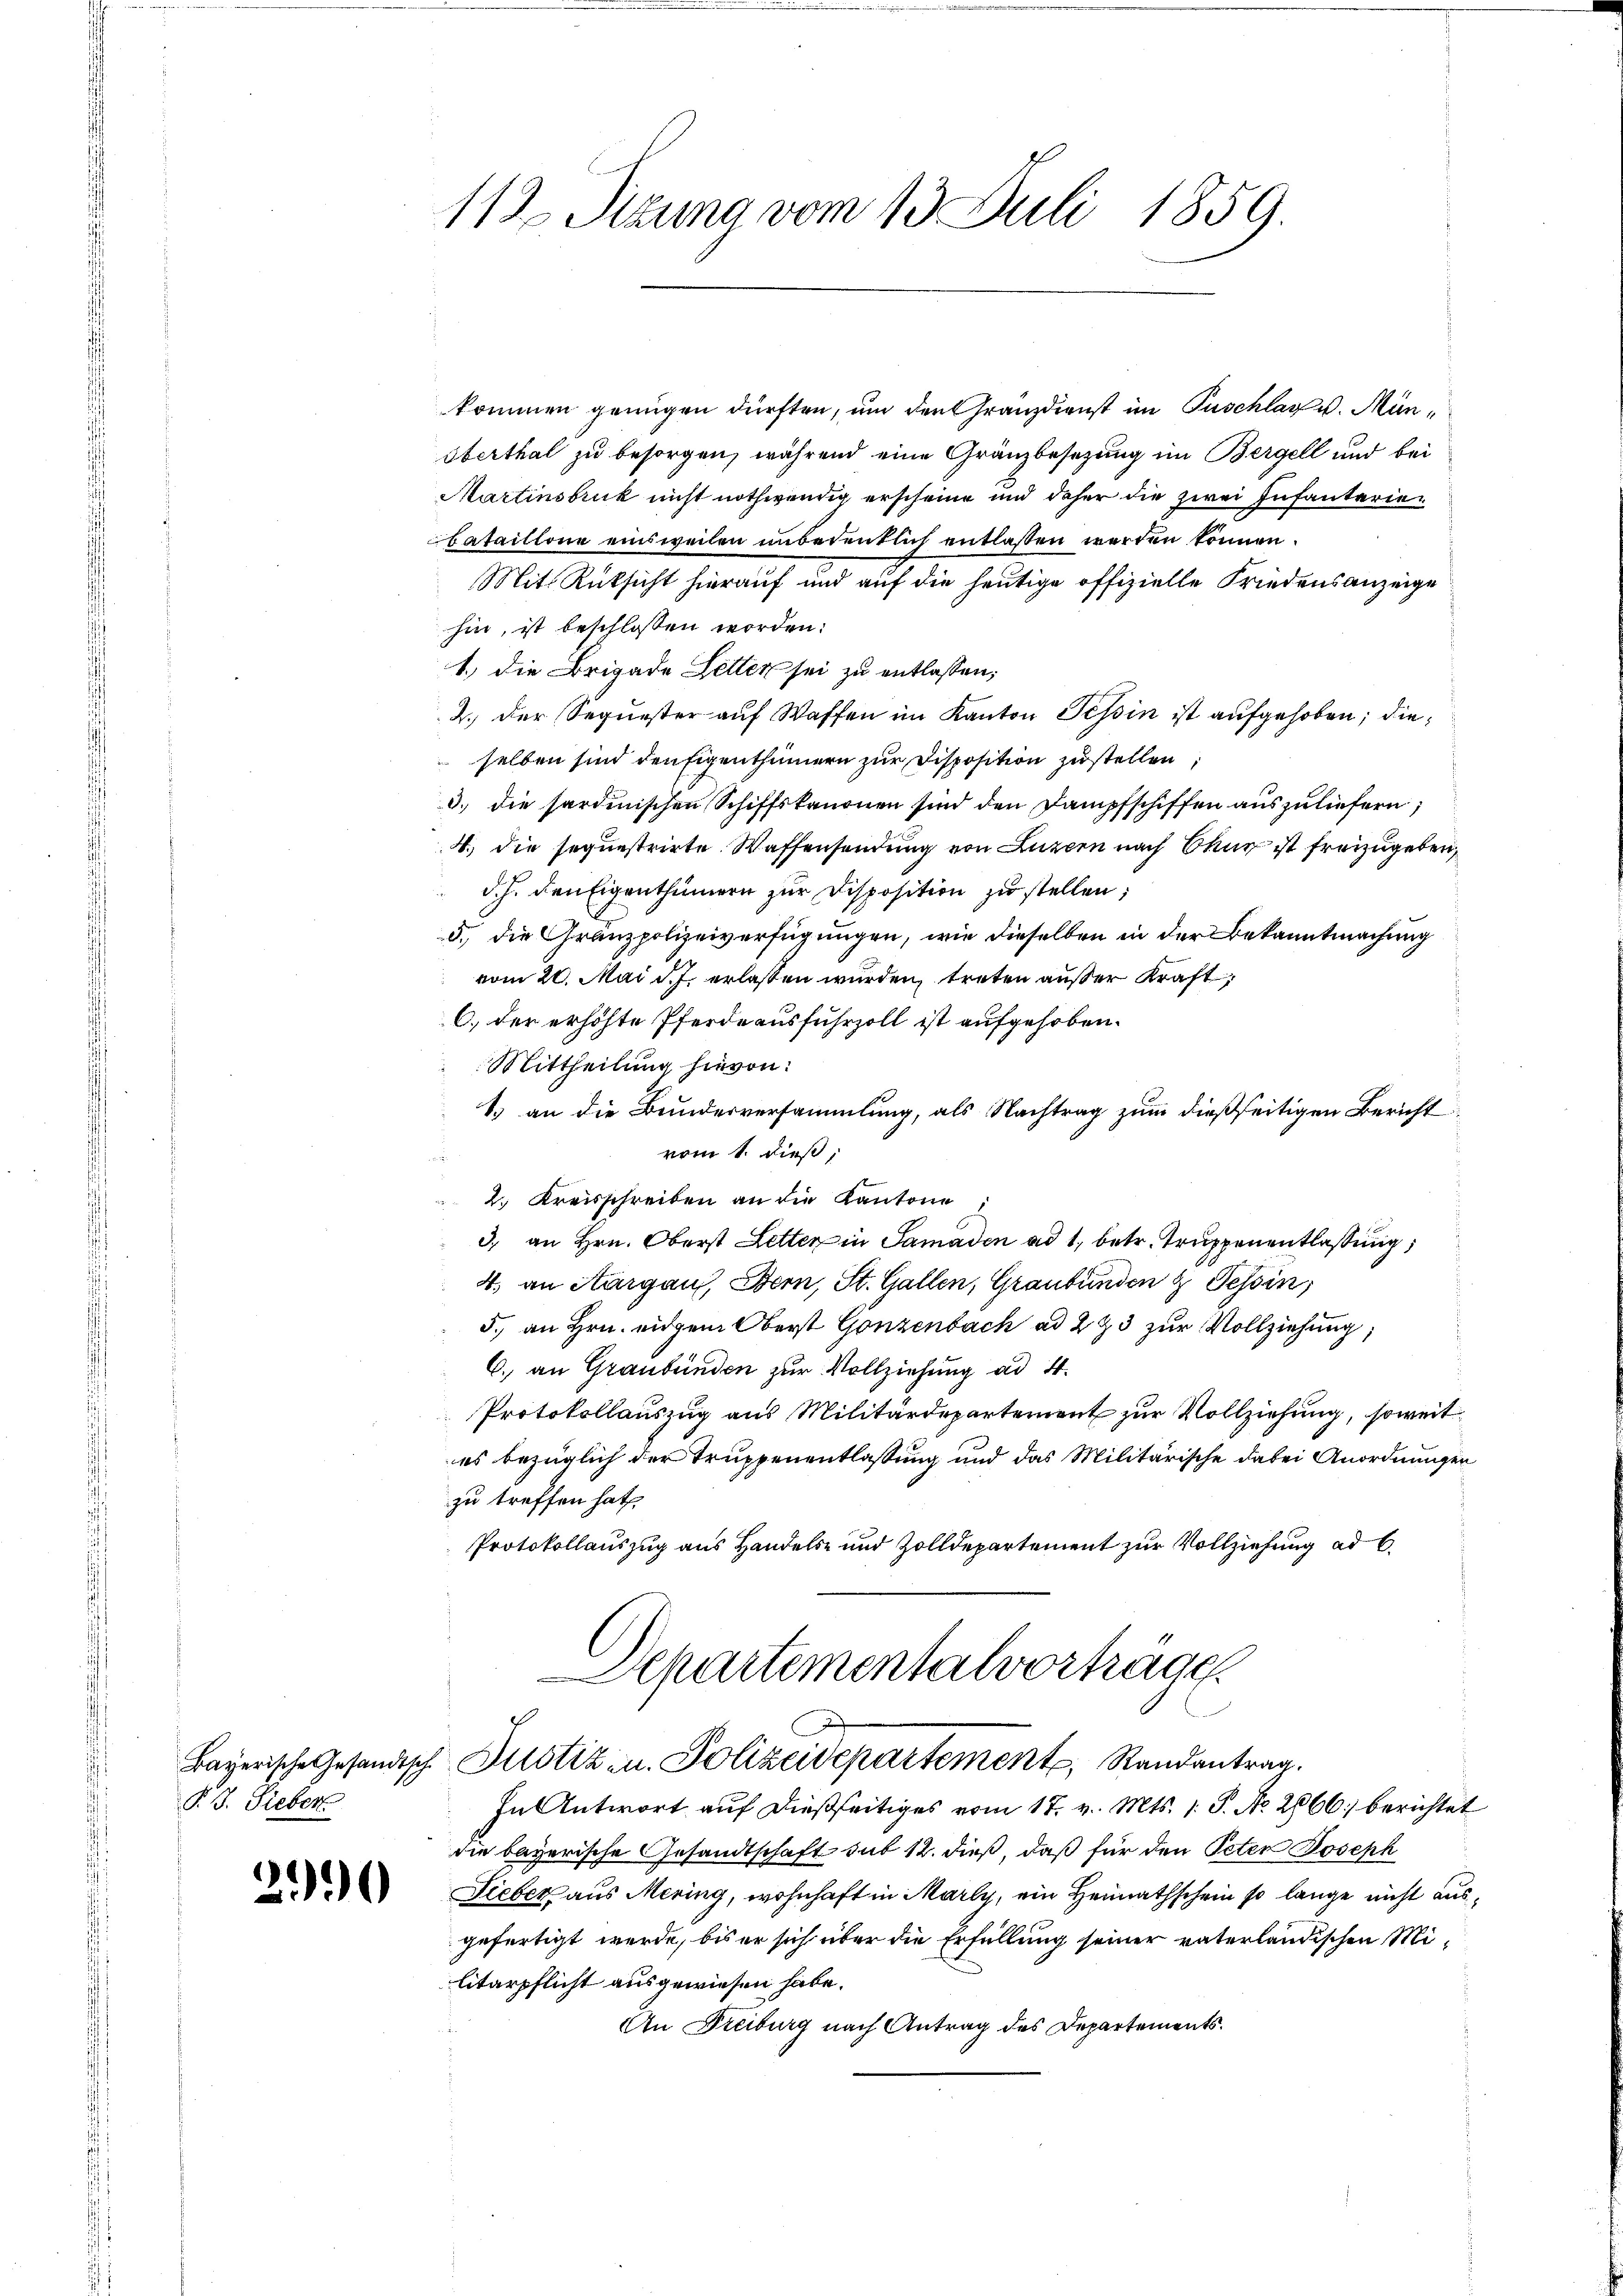
§. 3. Sieber

2990

112. Sitzung vom 13. Juli 1859.

kommen genügen dürften, um den Gränzdienst im Puschlag v. Mün¬
Oberthal zu besorgen, während eine Gränzbesezung im Bergell und bei
Martinsbruck nicht nothwendig erscheine und daher die zwei Infanteriebataillone einsweilen unbedenklich entlassen worden können.
Mit Rüksicht hierauf und auf die heutige offizielle Friedensanzeige
hin, ist beschlossen worden.
1.) Die Brigade Letten sei zu entlassen,
2.) Der Sequester auf Waffen im Kanton Tessin ist aufgehoben; dieselben sind den Eigenthümern zur Disposition zustellen,
3. die sardinischen Schiffskanonen sind den Dampfschiffen auszuliefern;
4. die sequestrirte Waffensendung von Luzern nach Okur ist freizugeben,
d. h. den Eigenthümern zur Disposition zu stellen;
5.) Die Gränzpolizeiverfügungen, wie dieselben in der Bekanntmachung
vom 20. Mai d. J. erlassen wurden, treten außer Kraft¬
C. der erhöhte Pferdeausfuhrzoll ist aufgehoben.
Mittheilung hievon:
1.) an die Bundesversammlung, als Nachtrag zum dießseitigen Bericht
vom 1. dieß,
2. Kreisschreiben an die Kantone
3. an Hrn. Oberst Letter in Samaden ad 1, betr. Truppenentlassung,
4. an Aargau, Bern, St. Gallen, Graubünden & Tessin,
5. an Hrn. eidgem Oberst Gonzenbach ad 2 & 3 zur Vollziehung,
6. an Graubünden zur Vollziehung ad 4.
Protokollauszug aus Militärdepartement zur Vollziehung, soweit
es bezüglich der Truppenentlassung und das Militärische dabei Anordnungen
zu treffen hat,
Protokollauszug aus Handels- und Zolldepartement zur Vollziehung ad 6.
Separtementalvorträge
Bayerische Gesandtsch. Justiz- u. Polizeidepartement, Randantrag.
In Antwort auf dießseitiges vom 17. v. Mts. 1. P. No. 2866) berichtet
die bayerische Gesandtschaft sub 12. dieß, daß für den Peter Joseph
Sieber aus Mering, wohnhaft in Marly, ein Heimathschein so lange nicht ausgefertigt werde, bis er sich über die Erfüllung seiner vaterländischen Militärpflicht ausgewiesen habe.
An Dreiburg nach Antrag des Departements.